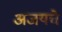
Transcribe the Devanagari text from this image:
अजयचे